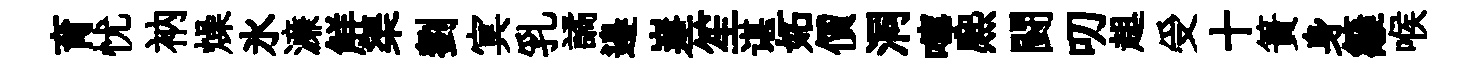
育忧衲燥氷濓觧渠劉㝠乳譎邉嵳笙谌妬價洞嚀熈闘叨趄受十簣身籬喉